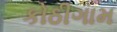
કોઠીગામ